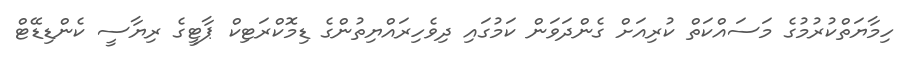
ހިމާޔަތްކުރުމުގެ މަސައްކަތް ކުރިއަށް ގެންދަވަން ކަމުގައި ދިވެހިރައްޔިތުންގެ ޑިމޮކްރަޓިކް ޕާޓީގެ ރިޔާސީ ކެންޑިޑޭޓް